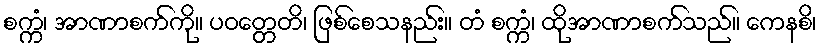
စက္ကံ၊ အာဏာစက်ကို။ ပဝတ္တေတိ၊ ဖြစ်စေသနည်း။ တံ စက္ကံ၊ ထိုအာဏာစက်သည်။ ကေနစိ၊